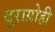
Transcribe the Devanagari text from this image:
दुराग्रोही